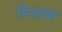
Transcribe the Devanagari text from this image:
मित्राबर